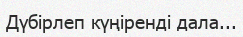
Дүбірлеп күңіренді дала...